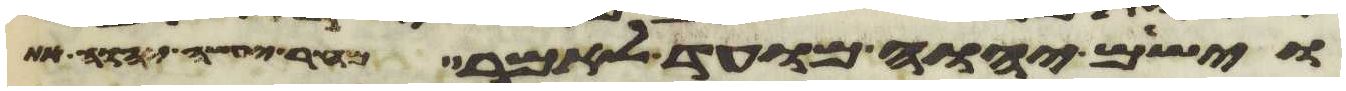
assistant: וישם יהוה מועד לאמר מחר יעשה יהוה